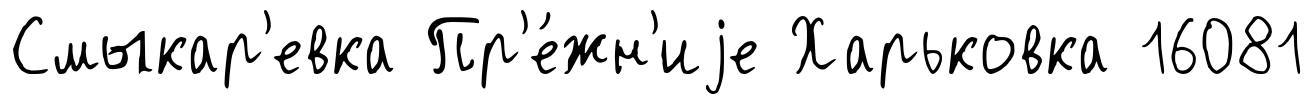
Смыкар'евка Пр'е́жн'иjе Харьковка 16081